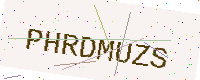
Text: PHRDMUZS